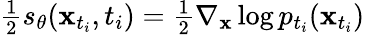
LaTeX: \begin{array}{r}{\frac{1}{2}s_{\theta}(\mathbf{x}_{t_{i}},t_{i})=\frac{1}{2}\nabla_{\mathbf{x}}\log p_{t_{i}}(\mathbf{x}_{t_{i}})}\end{array}